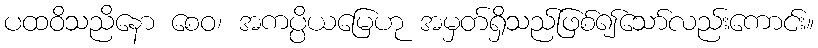
ပထဝိသညိနော စေဝ၊ အကပ္ပိယမြေဟု အမှတ်ရှိသည်ဖြစ်၍သော်လည်းကောင်း။